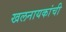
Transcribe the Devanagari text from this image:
खलनायकांची